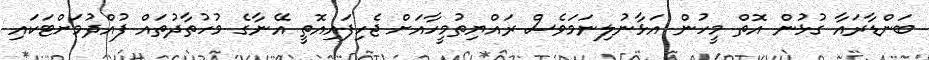
ބަންޑާރައާ ގުޅުން އޮތް މީހުން އަޅާނުލިނަމަވެސް ރައްޔިތުމީހާއަށް ޖެހިފައިއޮތީ އޭނާގެ މުހުތާދުތައް ފުއްދުމަށްޓަކައި